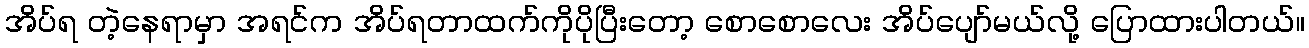
အိပ်ရ တဲ့နေရာမှာ အရင်က အိပ်ရတာထက်ကိုပိုပြီးတော့ စောစောလေး အိပ်ပျော်မယ်လို့ ပြောထားပါတယ်။